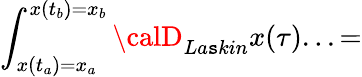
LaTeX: \int_{x(t_{a})=x_{a}}^{x(t_{b})=x_{b}}{\calD}_{La\mathtt{s}kin}x(\tau)...=